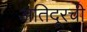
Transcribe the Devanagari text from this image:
अतिदूरची